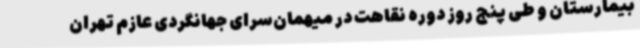
بیمارستان و طی پنج روز دوره نقاهت در میهمان‌سرای جهانگردی عازم تهران